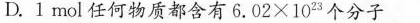
D.1mol任何物质都含有6.02×10^{23} 个分子